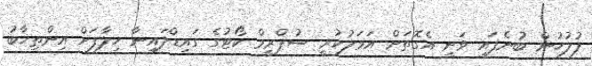
ފުލުހުން ބުނެފައި ވަނީ އެގޮތަށް އަމަލުކުރީ ސުޕްރީމް ކޯޓުގެ ގައިޑްލައިނާ ހިލާފަށް އިންތިޚާބު